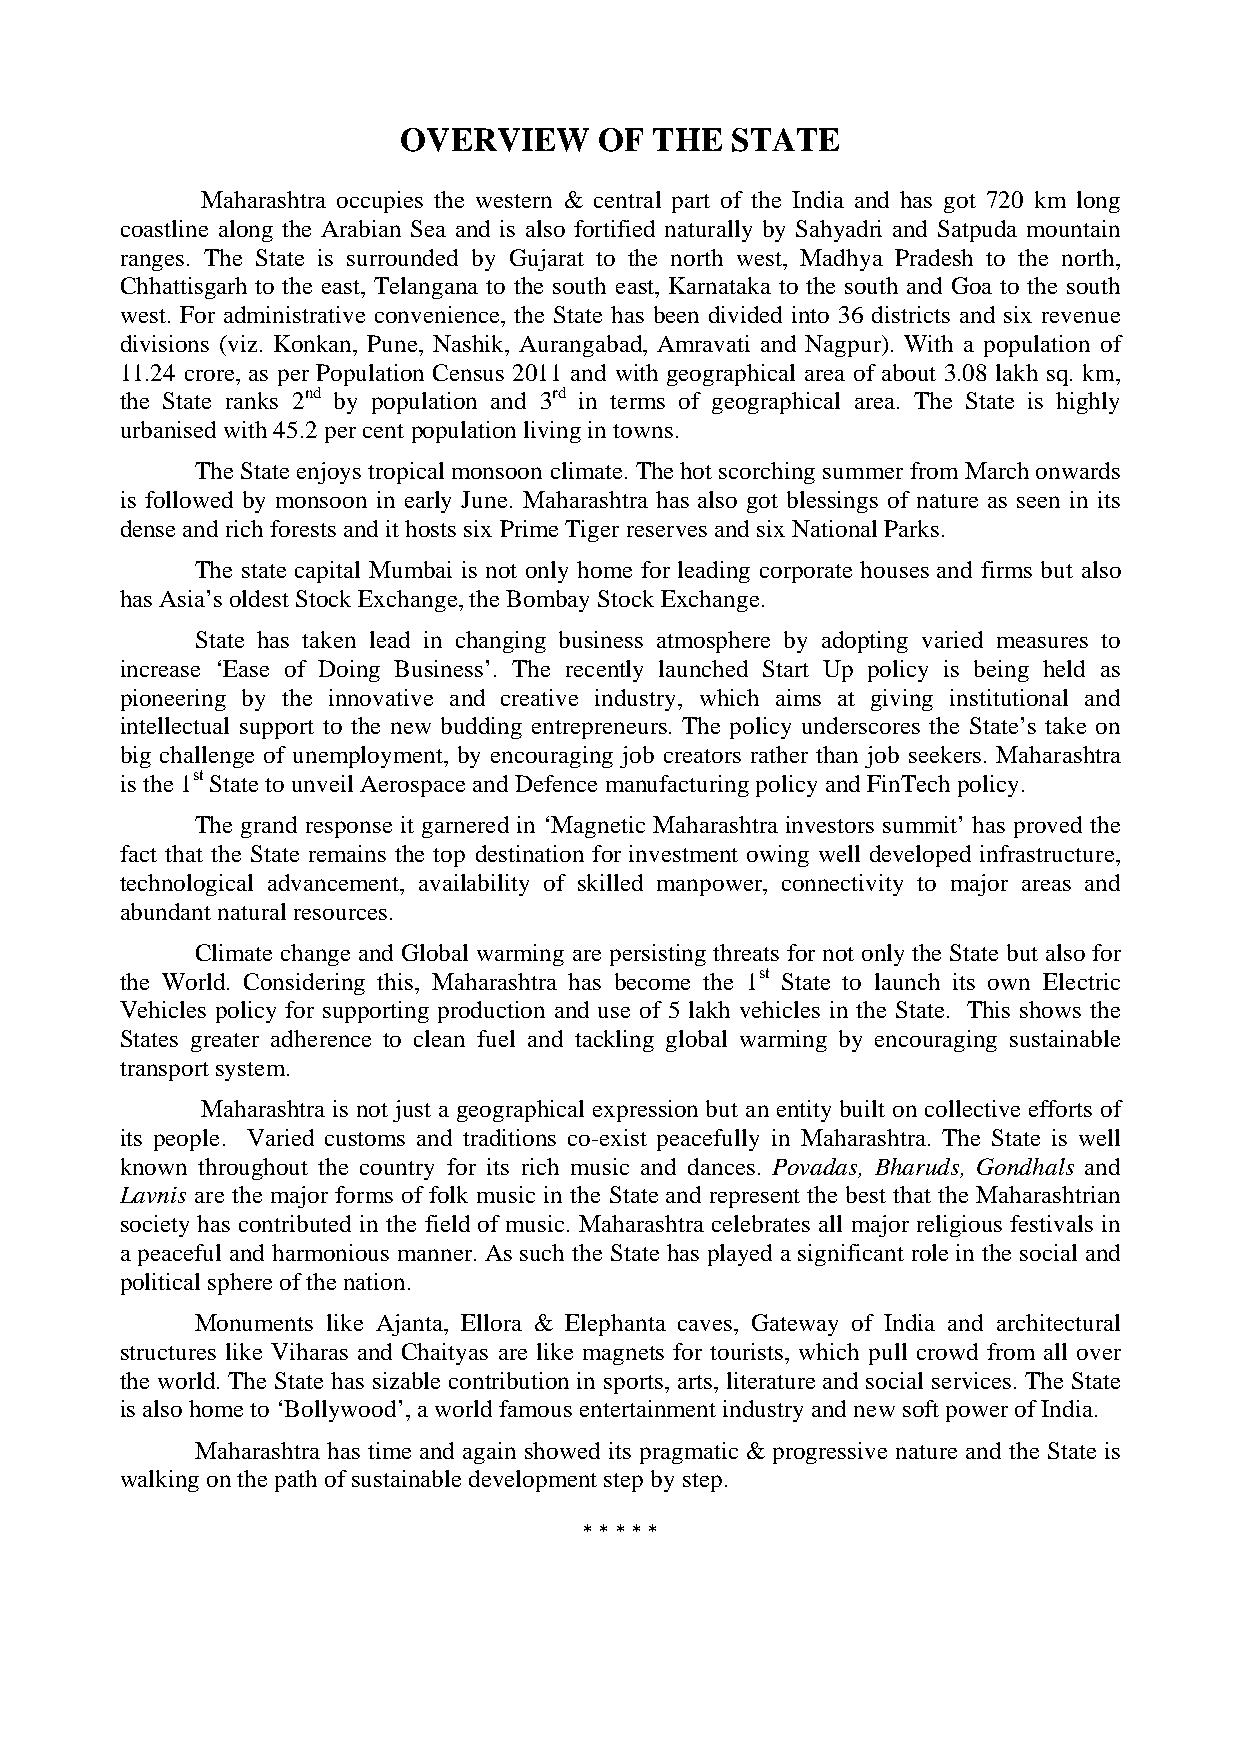
OVERVIEW      OF THE  STATE
 Maharashtra occupies the western & central part of the India and has got 720 km long
 coastline along the Arabian Sea and is also fortified naturally by Sahyadri and Satpuda mountain
 ranges. The State is surrounded by Gujarat to the north west, Madhya Pradesh to the north,
 Chhattisgarh to the east, Telangana to the south east, Karnataka to the south and Goa to the south
 west. For administrative convenience, the State has been divided into 36 districts and six revenue
 divisions (viz. Konkan, Pune, Nashik, Aurangabad, Amravati and Nagpur). With a population of
 11.24 crore, as per Population Census 2011 and with geographical area of about 3.08 lakh sq. km,
 the State ranks 2nd by population and 3rd in terms of geographical area. The State is highly
 urbanised with 45.2 per cent population living in towns.
 The State enjoys tropical monsoon climate. The hot scorching summer from March onwards
 is followed by monsoon in early June. Maharashtra has also got blessings of nature as seen in its
 dense and rich forests and it hosts six Prime Tiger reserves and six National Parks.
 The state capital Mumbai is not only home for leading corporate houses and firms but also
 has Asia’s oldest Stock Exchange, the Bombay Stock Exchange.
 State has taken lead in changing business atmosphere by adopting varied measures to
 increase ‘Ease of Doing Business’. The recently launched Start Up policy is being held as
 pioneering by the innovative and creative industry, which aims at giving institutional and
 intellectual support to the new budding entrepreneurs. The policy underscores the State’s take on
 big challenge of unemployment, by encouraging job creators rather than job seekers. Maharashtra
 is the 1st State to unveil Aerospace and Defence manufacturing policy and FinTech policy.
 The grand response it garnered in ‘Magnetic Maharashtra investors summit’ has proved the
 fact that the State remains the top destination for investment owing well developed infrastructure,
 technological advancement, availability of skilled manpower, connectivity to major areas and
 abundant natural resources.
 Climate change and Global warming are persisting threats for not only the State but also for
 the World. Considering this, Maharashtra has become the 1st State to launch its own Electric
 Vehicles policy for supporting production and use of 5 lakh vehicles in the State. This shows the
 States greater adherence to clean fuel and tackling global warming by encouraging sustainable
 transport system.
 Maharashtra is not just a geographical expression but an entity built on collective efforts of
 its people. Varied customs and traditions co-exist peacefully in Maharashtra. The State is well
 known throughout the country for its rich music and dances. Povadas, Bharuds, Gondhals and
 Lavnis are the major forms of folk music in the State and represent the best that the Maharashtrian
 society has contributed in the field of music. Maharashtra celebrates all major religious festivals in
 a peaceful and harmonious manner. As such the State has played a significant role in the social and
 political sphere of the nation.
 Monuments like Ajanta, Ellora & Elephanta caves, Gateway of India and architectural
 structures like Viharas and Chaityas are like magnets for tourists, which pull crowd from all over
 the world. The State has sizable contribution in sports, arts, literature and social services. The State
 is also home to ‘Bollywood’, a world famous entertainment industry and new soft power of India.
 Maharashtra has time and again showed its pragmatic & progressive nature and the State is
 walking on the path of sustainable development step by step.
 * * * * *